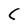
Character: C